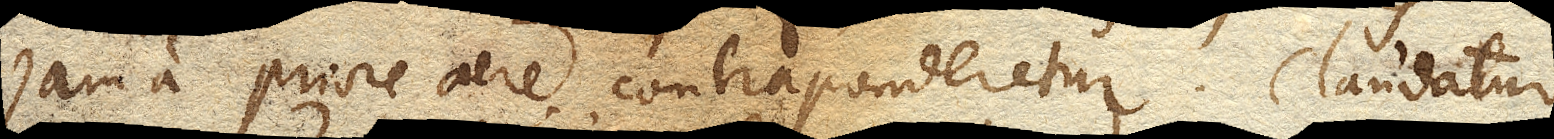
jam a priore aere contraponderetur. Claudatur